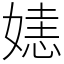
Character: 㜇